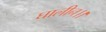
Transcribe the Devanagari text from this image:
घालीन।।